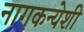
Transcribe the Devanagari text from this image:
नागकन्येशी